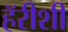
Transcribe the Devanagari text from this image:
हॅरीशी